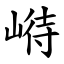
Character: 崻